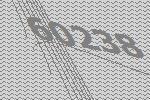
60238